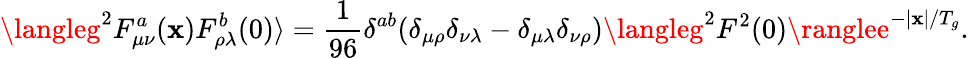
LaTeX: \langleg^{2}F_{\mu\nu}^{a}(\mathbf{x})F_{\rho\lambda}^{b}(0)\rangle={\frac{{1}}{{96}}}\delta^{ab}(\delta_{\mu\rho}\delta_{\nu\lambda}-\delta_{\mu\lambda}\delta_{\nu\rho})\langleg^{2}F^{2}(0)\ranglee^{-\vert\mathbf{x}\vert/T_{g}}.